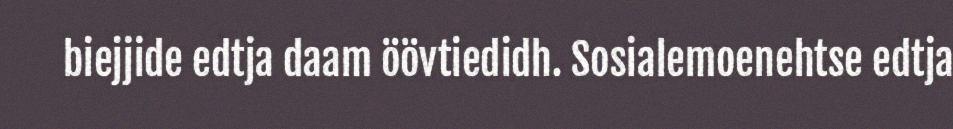
biejjide edtja daam öövtiedidh. Sosialemoenehtse edtja